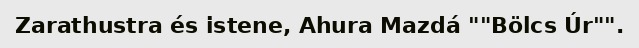
Zarathustra és istene, Ahura Mazdá ""Bölcs Úr"".